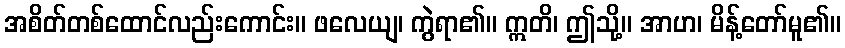
အစိတ်တစ်ထောင်လည်းကောင်း။ ဖလေယျ၊ ကွဲရာ၏။ ဣတိ၊ ဤသို့။ အာဟ၊ မိန့်တော်မူ၏။